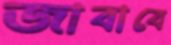
জাবাবে